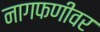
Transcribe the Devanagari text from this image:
नागफणीवर